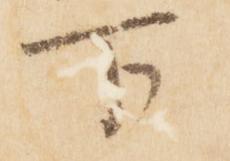
下